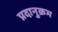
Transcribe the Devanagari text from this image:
प्रदानुक्रम